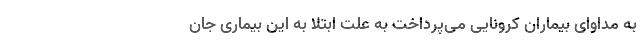
به مداوای بیماران کرونایی می‌پرداخت به علت ابتلا به این بیماری جان